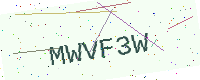
Text: MWVF3W